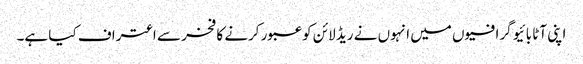
اپنی آٹا بائیو گرافیوں میں انہوں نے ریڈ لائن کو عبور کرنے کا فخر سے اعتراف کیا ہے۔